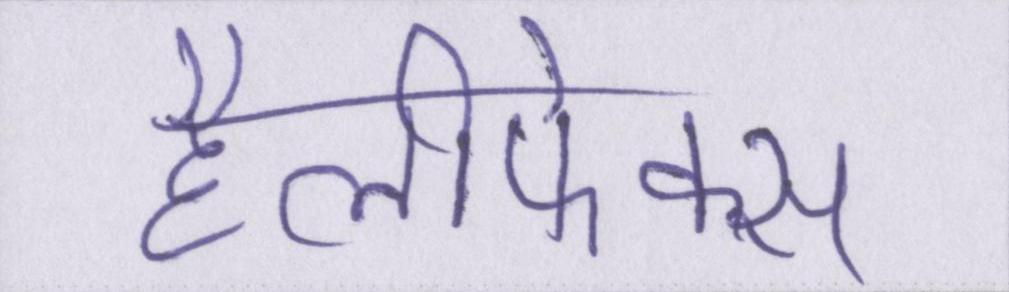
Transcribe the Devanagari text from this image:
हैलीफेक्स